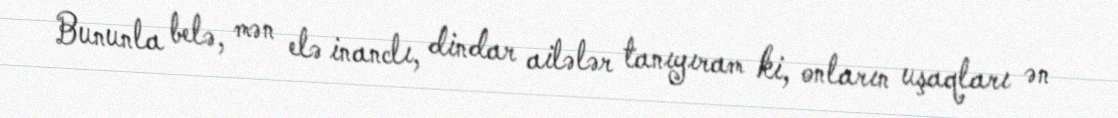
Bununla belə, mən elə inanclı, dindar ailələr tanıyıram ki, onların uşaqları ən